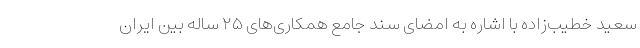
سعید خطیب‌زاده با اشاره به امضای سند جامع همکاری‌های ۲۵ ساله بین ایران